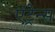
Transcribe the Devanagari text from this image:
एंट्रेन्स